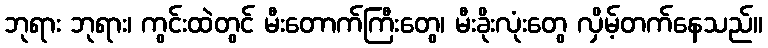
ဘုရား ဘုရား၊ ကွင်းထဲတွင် မီးတောက်ကြီးတွေ၊ မီးခိုးလုံးတွေ လှိမ့်တက်နေသည်။